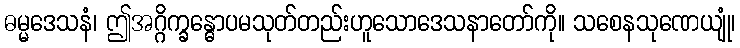
ဓမ္မဒေသနံ၊ ဤအဂ္ဂိက္ခန္ဓောပမသုတ်တည်းဟူသောဒေသနာတော်ကို။ သစေနသုဏေယျုံ၊